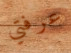
عرفتي